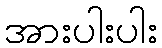
အားပါးပါး